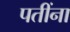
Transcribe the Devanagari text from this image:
पतींना